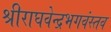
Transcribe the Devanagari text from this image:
श्रीराघवेन्द्रभगवंस्तव